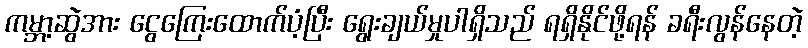
ကမ္ဘာ့ဆွဲအား ငွေကြေးထောက်ပံ့ပြီး ရွေးချယ်မှုပါရှိသည် ရရှိနိုင်ဖို့ရန် ခရီးလွန်နေတဲ့